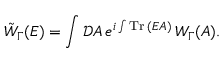
\tilde { W } _ { \Gamma } ( E ) = \int { \mathcal D } A \, e ^ { i \int \mathrm { T r } \, ( E A ) } \, W _ { \Gamma } ( A ) .